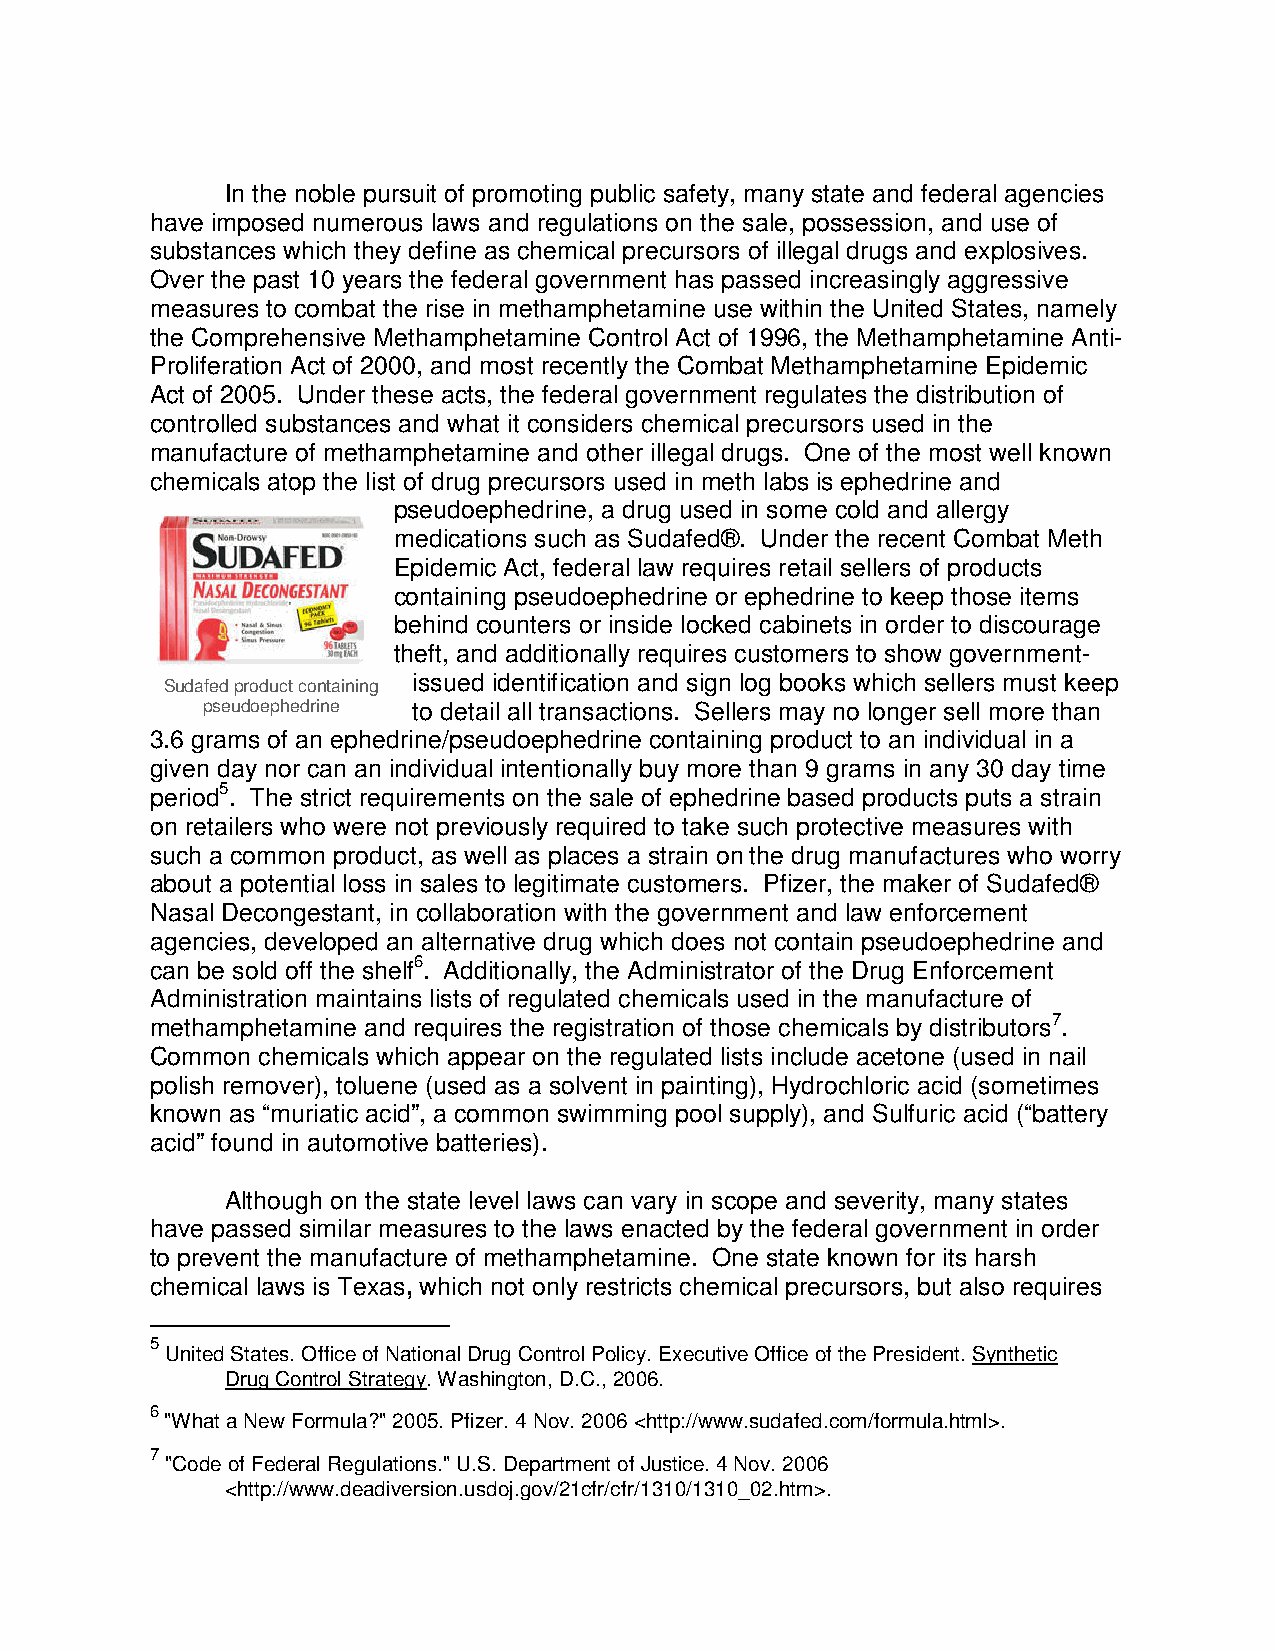
In the noble pursuit of promoting public safety, many state and federal agencies
 have imposed numerous laws and regulations on the sale, possession, and use of
 substances which they define as chemical precursors of illegal drugs and explosives.
 Over the past 10 years the federal government has passed increasingly aggressive
 measures to combat the rise in methamphetamine use within the United States, namely
 the Comprehensive Methamphetamine Control Act of 1996, the Methamphetamine Anti-
 Proliferation Act of 2000, and most recently the Combat Methamphetamine Epidemic
 Act of 2005. Under these acts, the federal government regulates the distribution of
 controlled substances and what it considers chemical precursors used in the
 manufacture of methamphetamine and other illegal drugs. One of the most well known
 chemicals atop the list of drug precursors used in meth labs is ephedrine and
 pseudoephedrine, a drug used in some cold and allergy
 medications such as Sudafed®. Under the recent Combat Meth
 Epidemic Act, federal law requires retail sellers of products
 containing pseudoephedrine or ephedrine to keep those items
 behind counters or inside locked cabinets in order to discourage
 theft, and additionally requires customers to show government-
 issued identification and sign log books which sellers must keep
 Sudafed product containing
 pseudoephedrine to detail all transactions. Sellers may no longer sell more than
 3.6 grams of an ephedrine/pseudoephedrine containing product to an individual in a
 given day nor can an individual intentionally buy more than 9 grams in any 30 day time
 period5. The strict requirements on the sale of ephedrine based products puts a strain
 on retailers who were not previously required to take such protective measures with
 such a common product, as well as places a strain on the drug manufactures who worry
 about a potential loss in sales to legitimate customers. Pfizer, the maker of Sudafed®
 Nasal Decongestant, in collaboration with the government and law enforcement
 agencies, developed an alternative drug which does not contain pseudoephedrine and
 can be sold off the shelf6. Additionally, the Administrator of the Drug Enforcement
 Administration maintains lists of regulated chemicals used in the manufacture of
 methamphetamine and requires the registration of those chemicals by distributors7.
 Common chemicals which appear on the regulated lists include acetone (used in nail
 polish remover), toluene (used as a solvent in painting), Hydrochloric acid (sometimes
 known as “muriatic acid”, a common swimming pool supply), and Sulfuric acid (“battery
 acid” found in automotive batteries).
 Although on the state level laws can vary in scope and severity, many states
 have passed similar measures to the laws enacted by the federal government in order
 to prevent the manufacture of methamphetamine. One state known for its harsh
 chemical laws is Texas, which not only restricts chemical precursors, but also requires
 5
 United States. Office of National Drug Control Policy. Executive Office of the President. Synthetic
 Drug Control Strategy. Washington, D.C., 2006.
 6
 "What a New Formula?" 2005. Pfizer. 4 Nov. 2006 <http://www.sudafed.com/formula.html>.
 7
 "Code of Federal Regulations." U.S. Department of Justice. 4 Nov. 2006
 <http://www.deadiversion.usdoj.gov/21cfr/cfr/1310/1310_02.htm>.